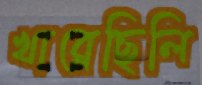
খাব্‌লেছিলি